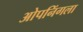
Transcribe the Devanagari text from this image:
ओपनिंगला